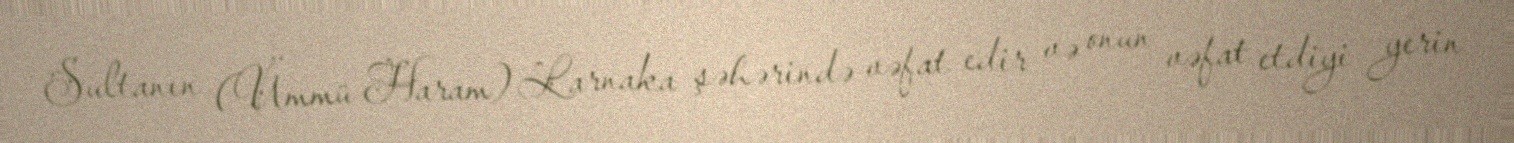
Sultanın (Ümmü Haram) Larnaka şəhərində vəfat edir və onun vəfat etdiyi yerin